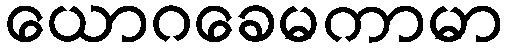
ယောဂခေမကာမာ